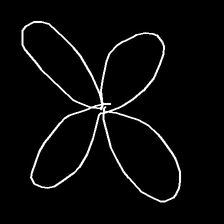
Glyph: billowing